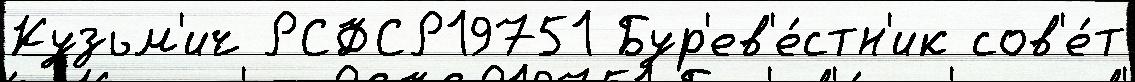
Кузьм'ич РСФСР19751 Бур'ев'е́стн'ик сов'е́т